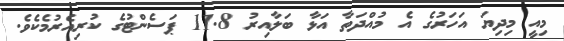
މިއީ މިދިޔަ އަހަރުގެ އެ މުއްދަތާ އަޅާ ބަލާއިރު 11.8 ޕަސެންޓުގެ ކުރިއެރުމެކެވެ.